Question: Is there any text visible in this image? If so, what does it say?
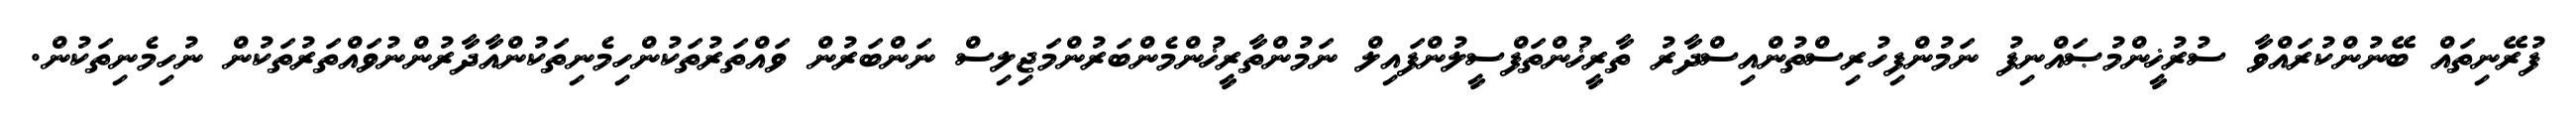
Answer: ފުރޭނިތައް ބޭނުންކުރައްވާ ސުރުޚީންމުޞައްނިފު ނަމުންފިހުރިސްތުންއިސްދާރު ތާރީޚުންތަފްސީލުންފައިލް ނަމުންތާރީޚުންމެންބަރުންމަޖިލިސް ނަންބަރުން ވައްތަރުތަކުންހިމެނިތަކުންއާދާރުންނުވައްތަރުތަކުން ނުހިމެނިތަކުން.